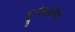
ફૂલફાલ